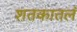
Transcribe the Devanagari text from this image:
शतकातलं